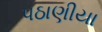
પઠાણીયા